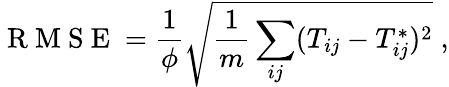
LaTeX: \mathrm{~R~M~S~E~}=\frac{1}{\phi}\sqrt{\frac{1}{m}\sum_{ij}(T_{ij}-T_{ij}^{*})^{2}}\; ,